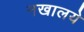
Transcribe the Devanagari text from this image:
नखालये